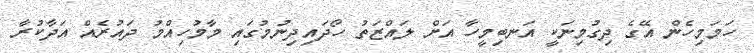
ހަމަމިހެން އޭގެ ދިގުމިނަކީ އަނބިމީހާ އަށް ލައްޒަތު ހޯދައިދިނުމުގައި މާމުހިއްމު ދައުރެއް އަދާކުރާ